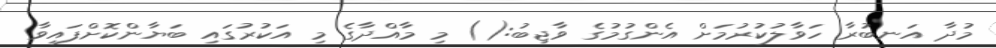
މުދާ އަނބުރާ ހަވާލުކުރުމަށް އެންގުމުގެ ވާޖިބު:() މި މާއްދާގެ މި އަކުރުގައި ބަޔާންކޮށްފައިވާ